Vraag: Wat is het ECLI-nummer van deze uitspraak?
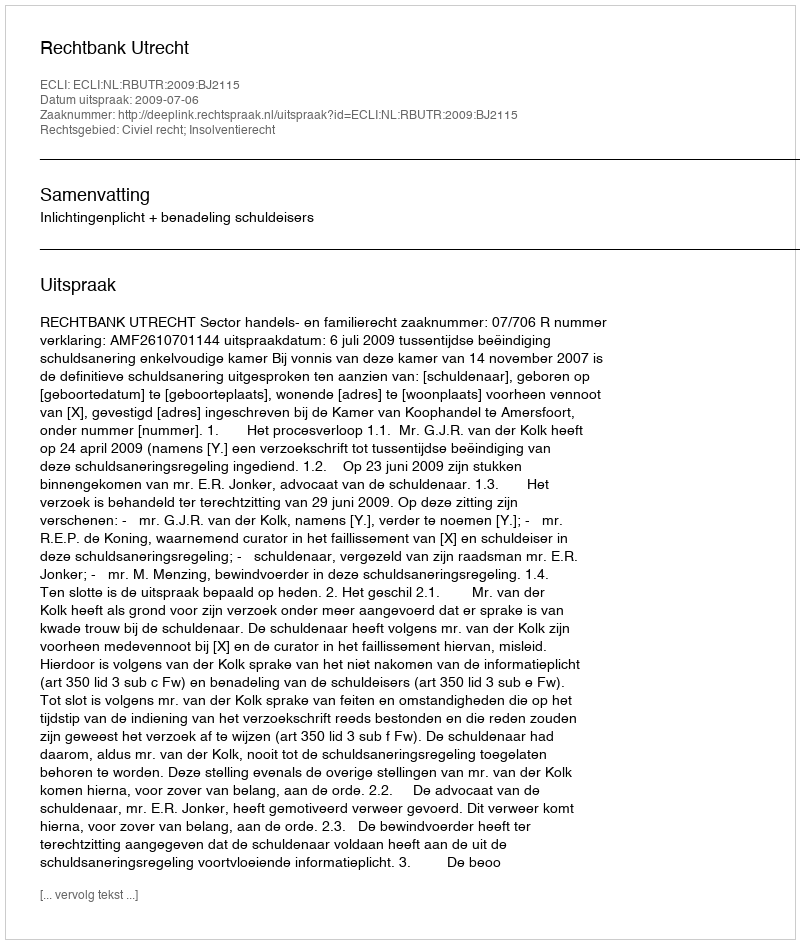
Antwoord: ECLI:NL:RBUTR:2009:BJ2115